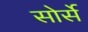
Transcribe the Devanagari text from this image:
सोर्से